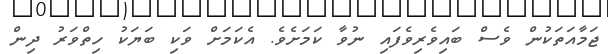
ޖަމާއަތަކުން ވެސް ބައިވެރިވެފައި ނުވާ ކަމަށެވެ. އެކަމަށް ވަކި ބަޔަކު ހިތްވަރު ދިން